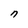
Character: n